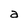
Character: a